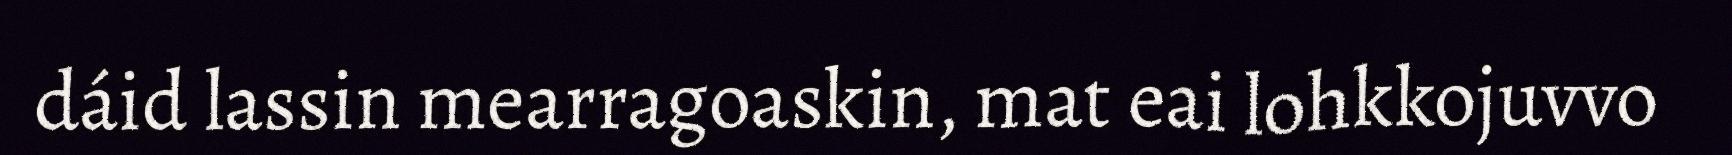
dáid lassin mearragoaskin, mat eai lohkkojuvvo